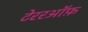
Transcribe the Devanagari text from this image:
टेररऑफ़